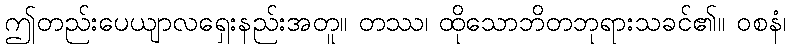
ဤတည်းပေယျာလရှေးနည်းအတူ။ တဿ၊ ထိုသောဘိတဘုရားသခင်၏။ ဝစနံ၊